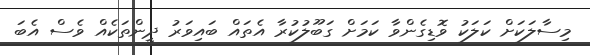
މިސާލަކަށް ކަލަކު ވޮޑިގެންވާ ކަމަށް ގަބޫލުކުރާ އެތައް ބައިވަރު ދީންތަކެއް ވެސް އެބަ